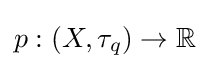
p:(X,\tau _{q})\to \mathbb {R}